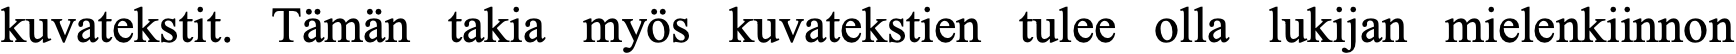
kuvatekstit. Tämän takia myös kuvatekstien tulee olla lukijan mielenkiinnon